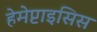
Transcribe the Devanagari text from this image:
हेमेप्टाइसिस